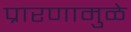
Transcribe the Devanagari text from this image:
प्रारणामुळे